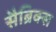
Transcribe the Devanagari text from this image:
सैब्रिक्स